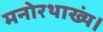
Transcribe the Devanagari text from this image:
मनोरथाख्यं।